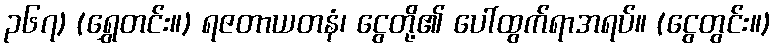
၃၆၇) (ရွှေတင်း။) ရဇတာယတနံ၊ ငွေတို့၏ ပေါ်ထွက်ရာအရပ်။ (ငွေတွင်း။)